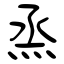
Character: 烝